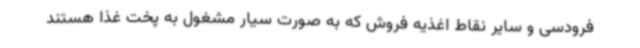
فرودسی و سایر نقاط اغذیه فروش که به صورت سیار مشغول به پخت غذا هستند